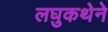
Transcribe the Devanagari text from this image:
लघुकथेने